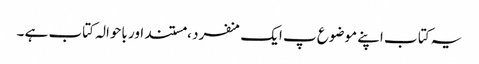
یہ کتا ب اپنے موضوع پ ایک منفرد ، مستند اور باحوالہ کتاب ہے ۔